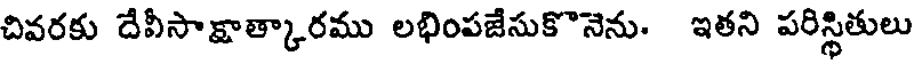
చివరకు దేవీసాక్షాత్కారము లభింపజేసుకొనెను. ఇతని పరిస్థితులు